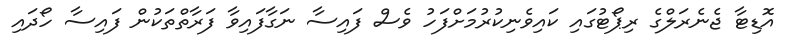
އޮޑިޓާ ޖެނެރަލްގެ ރިޕޯޓުގައި ކައިވެނިކުރުމަށްފަހު ވެސް ފައިސާ ނަގާފައިވާ ފަރާތްތަކުން ފައިސާ ހޯދައި